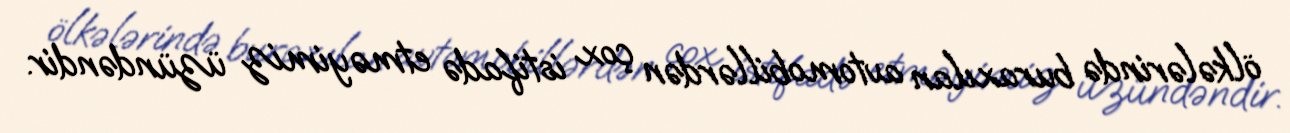
ölkələrində buraxılan avtomobillərdən çox istifadə etməyimiz üzündəndir.